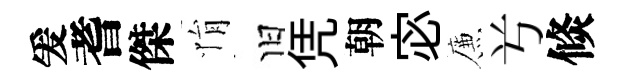
爰耆傑悁旧凭朝宓簾𠔃倐